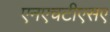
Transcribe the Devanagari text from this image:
एनएचटीएसए